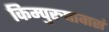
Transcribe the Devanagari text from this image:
किम्पुरुषावासं